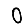
Digit: 0